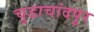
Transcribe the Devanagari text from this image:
चुडाचांदपुर